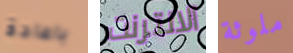
باعادة الانترنت ملوثة